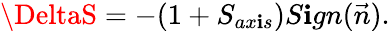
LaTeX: \DeltaS=-(1+S_{ax\mathbf{i}s})S\mathbf{i}gn(\vec{{n}}).